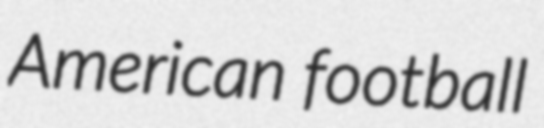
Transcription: American football